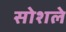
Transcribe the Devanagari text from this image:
सोशले